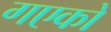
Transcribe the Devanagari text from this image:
गएको